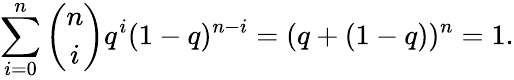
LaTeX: \sum_{i=0}^{n}{\binom{n}{i}}q^{i}(1-q)^{n-i}=(q+(1-q))^{n}=1.